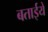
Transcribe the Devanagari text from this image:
बताईये